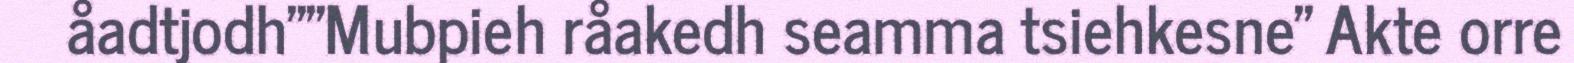
åadtjodh""Mubpieh råakedh seamma tsiehkesne" Akte orre